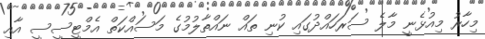
މިހާރު މިއުޅެނީ މާލެ ސަރަހައްދުގައި ކުނި ތައް ނައްތާލުމުގެ މަސައްކަތް އެމްޓީސީސީ އާއި